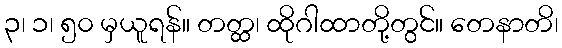
၃၊ ၁၊ ၅၀ မှယူရန်။ တတ္ထ၊ ထိုဂါထာတို့တွင်။ တေနာတိ၊